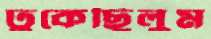
ঢুকেছিলুম